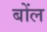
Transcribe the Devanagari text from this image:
बोंल